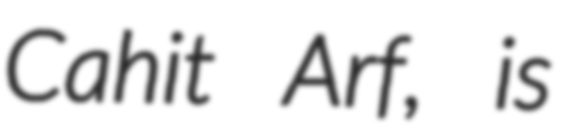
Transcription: Cahit Arf, is